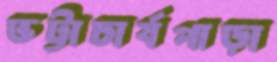
ভট্টাচার্যপাড়া